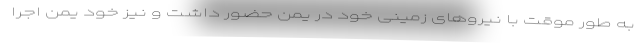
به طور موقت با نیروهای زمینی خود در یمن حضور داشت و نیز خود یمن اجرا